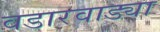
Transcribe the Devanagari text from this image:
वडारवाड्या